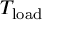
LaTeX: T _ { \mathrm { l o a d } }